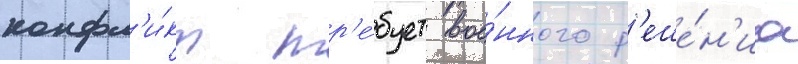
конфл'и́кт тр'е́бует вое́нного р'еше́н'иа